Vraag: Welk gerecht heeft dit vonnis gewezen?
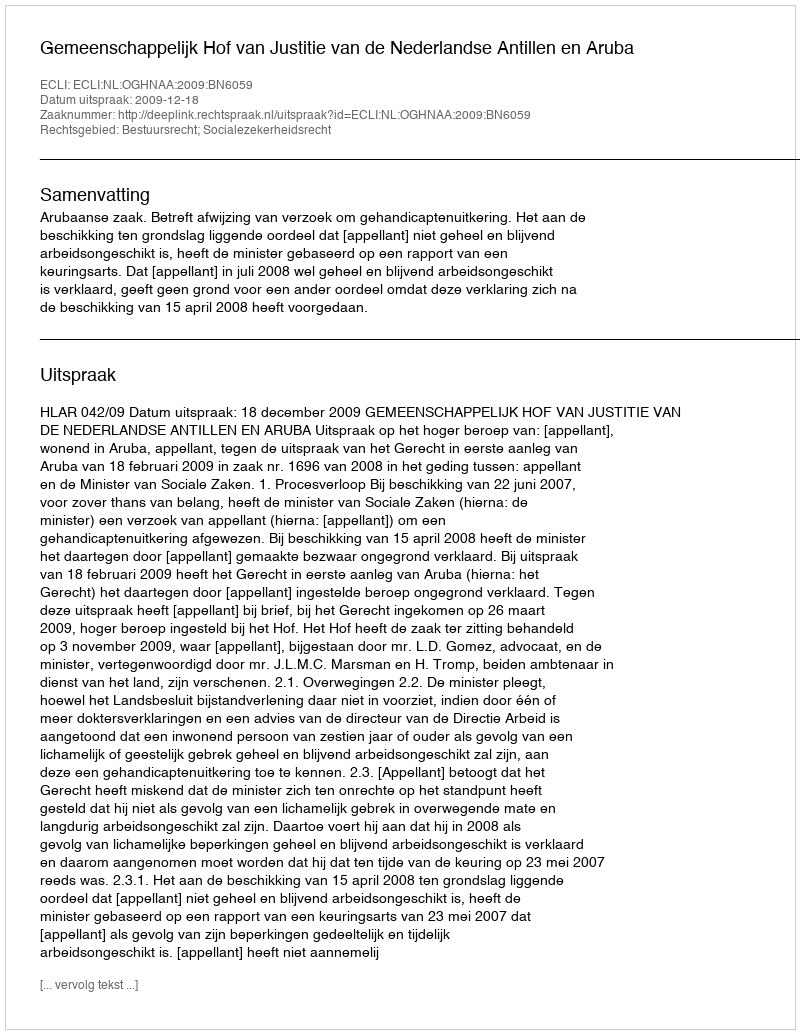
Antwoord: Gemeenschappelijk Hof van Justitie van de Nederlandse Antillen en Aruba